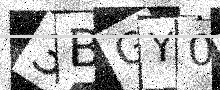
Text: 3BGY0G